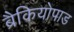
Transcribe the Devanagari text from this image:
ब्रैकियोपाड